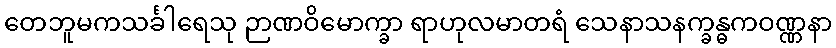
တေဘူမကသင်္ခါရေသု ဉာဏဝိမောက္ခာ ရာဟုလမာတရံ သေနာသနက္ခန္ဓကဝဏ္ဏနာ